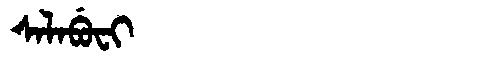
Manchu: ᠰᠠᠯᠠᠪᡠᠸᡳ
Romanization: SALABUFI